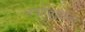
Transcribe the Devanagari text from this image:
चर्चाविश्वावर